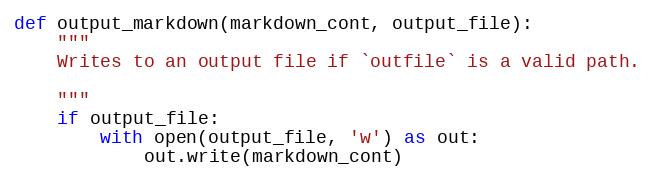
Language: Python
def output_markdown(markdown_cont, output_file):
    """
    Writes to an output file if `outfile` is a valid path.

    """
    if output_file:
        with open(output_file, 'w') as out:
            out.write(markdown_cont)